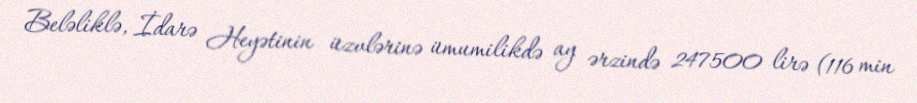
Beləliklə, İdarə Heyətinin üzvlərinə ümumilikdə ay ərzində 247500 lirə (116 min